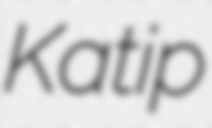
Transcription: Katip